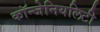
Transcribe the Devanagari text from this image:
कॉन्जेनियलिटी